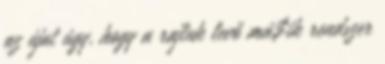
az újat úgy, hogy a rajtuk levő má$ik rendszer